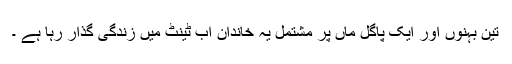
تین بہنوں اور ایک پاگل ماں پر مشتمل یہ خاندان اب ٹینٹ میں زندگی گذار رہا ہے ۔